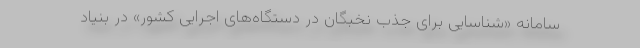
سامانه «شناسایی برای جذب نخبگان در دستگاه‌های اجرایی کشور» در بنیاد